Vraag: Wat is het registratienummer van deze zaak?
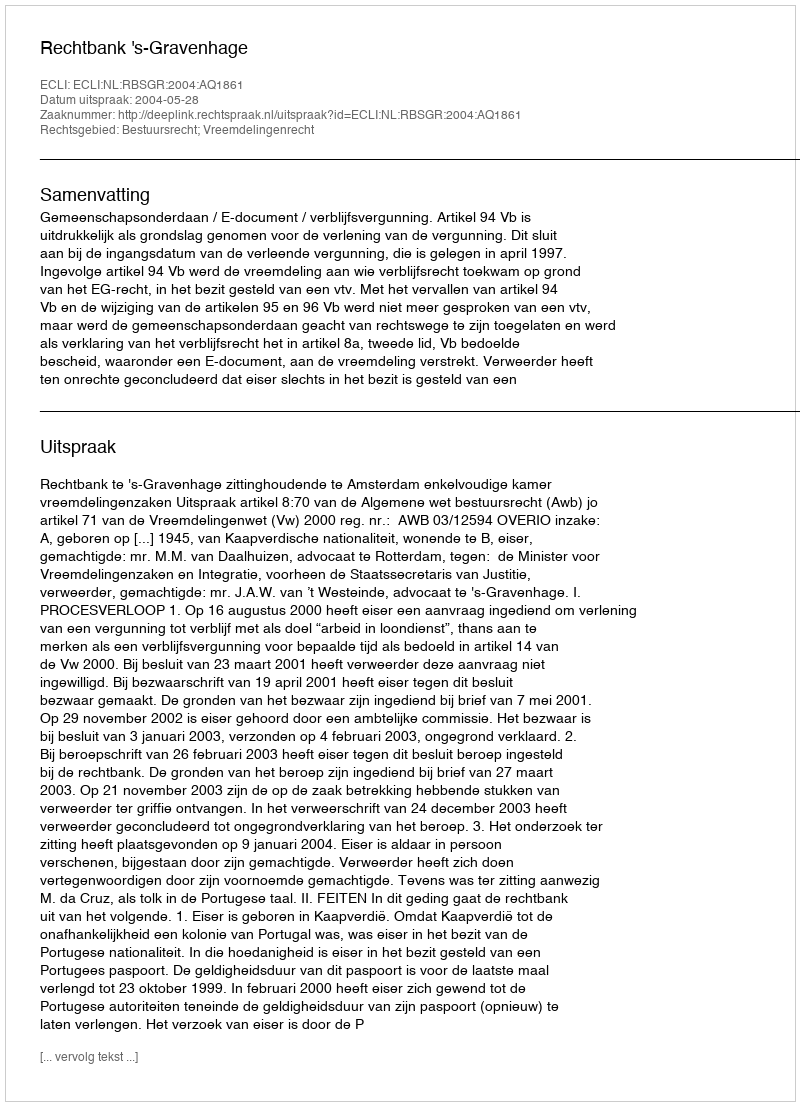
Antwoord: http://deeplink.rechtspraak.nl/uitspraak?id=ECLI:NL:RBSGR:2004:AQ1861